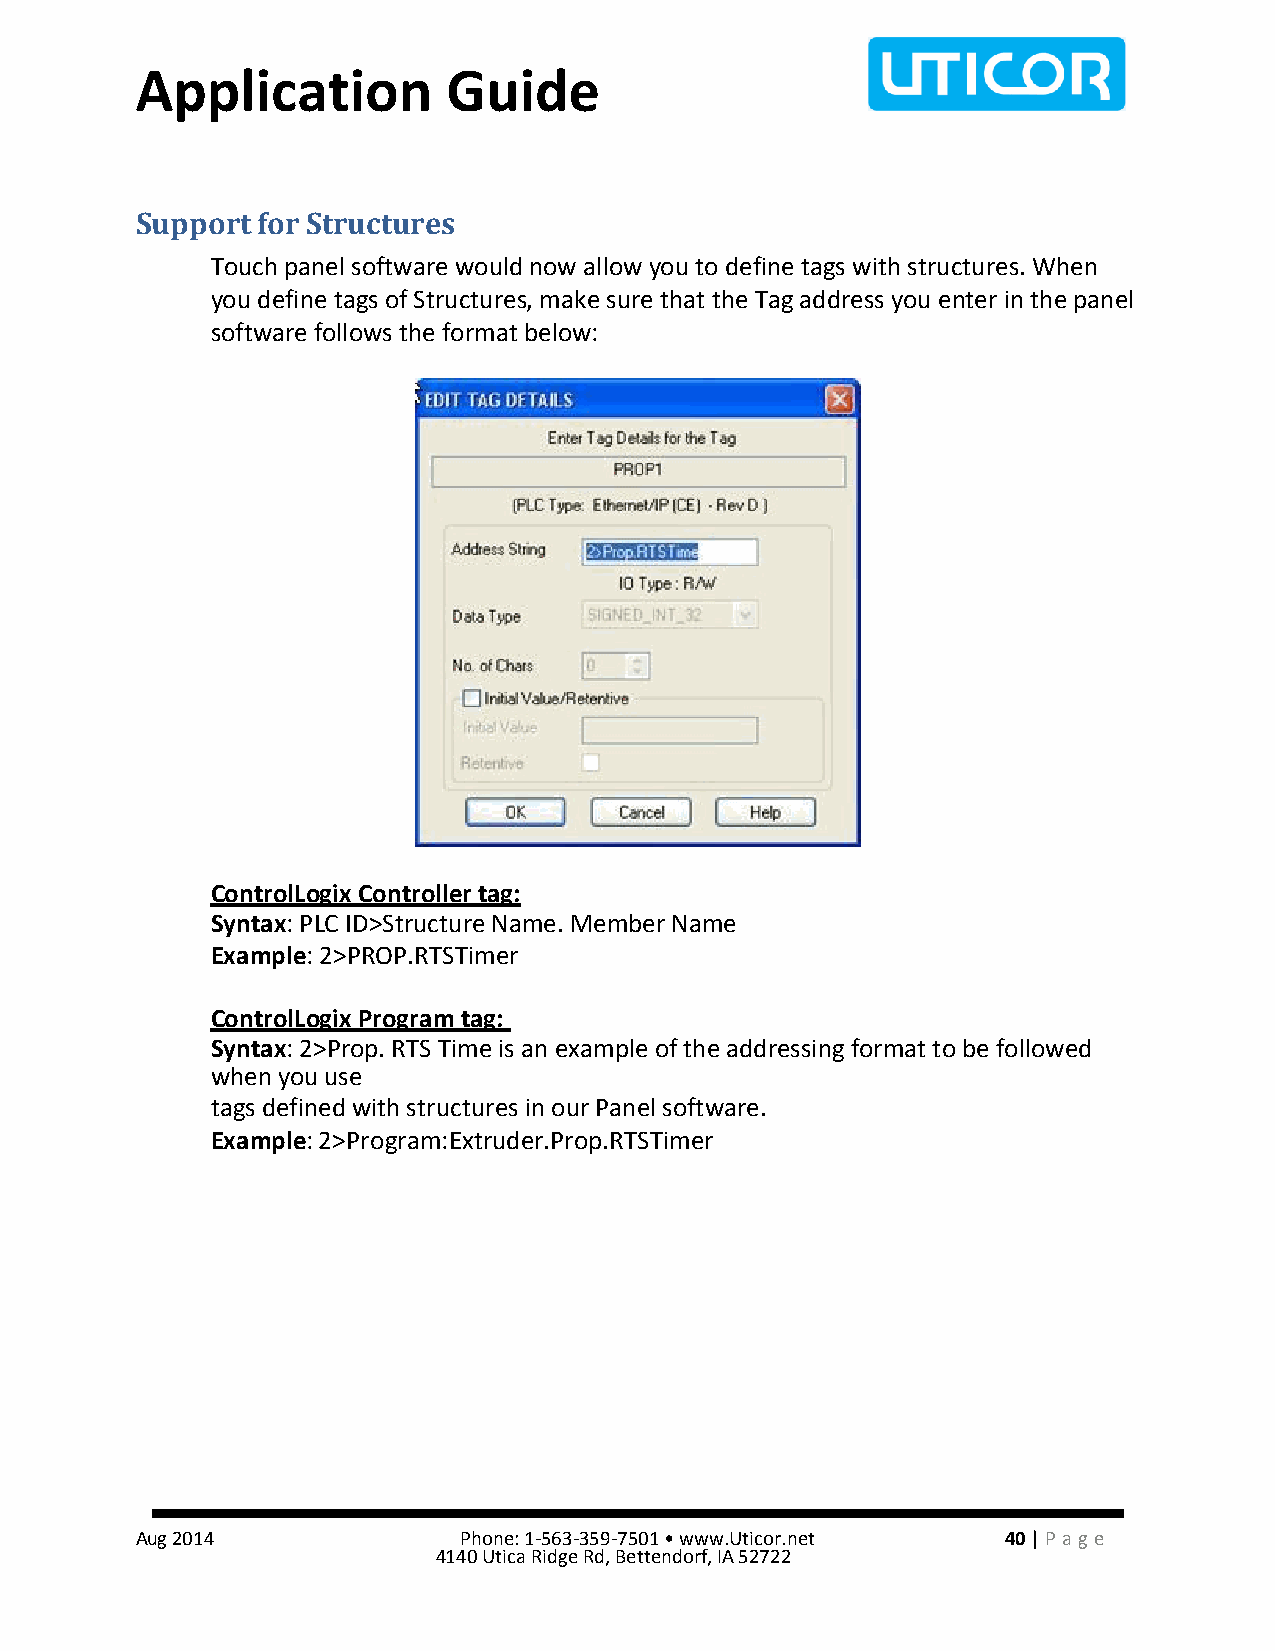
Application          Guide
 Support for Structures
 Touch panel software would now allow you to define tags with structures. When
 you define tags of Structures, make sure that the Tag address you enter in the panel
 software follows the format below:
 ControlLogix Controller tag:
 Syntax: PLC ID>Structure Name. Member Name
 Example: 2>PROP.RTSTimer
 ControlLogix Program tag:
 Syntax: 2>Prop. RTS Time is an example of the addressing format to be followed
 when you use
 tags defined with structures in our Panel software.
 Example: 2>Program:Extruder.Prop.RTSTimer
 Aug 2014             Phone: 1-563-359-7501 • www.Uticor.net 40 | Pa ge
 4140 Utica Ridge Rd, Bettendorf, IA 52722